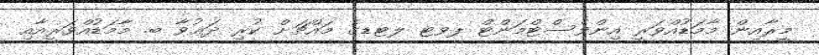
މީރާއިން މާމަޑުއްވަރީ އިންވެސްޓްމަންޓް ޕވޓ ލޓޑގެ މައްޗަށް ކުރި ދަޢުވާ ބ. މާމަޑުއްވަރީއާއި